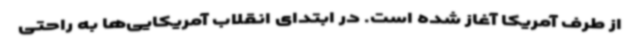
از طرف آمریکا آغاز شده است. در ابتدای انقلاب آمریکایی‌ها به راحتی